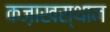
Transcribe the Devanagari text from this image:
कज़ाखस्थान